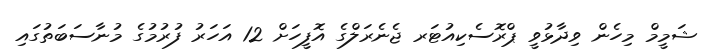
ޝަމީމް މިހެން ވިދާޅުވީ ޕްރޮސެކިއުޓަރ ޖެނެރަލްގެ އޮފީހަށް 12 އަހަރު ފުރުމުގެ މުނާސަބަތުގައި